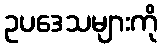
ဥပဒေသများကို